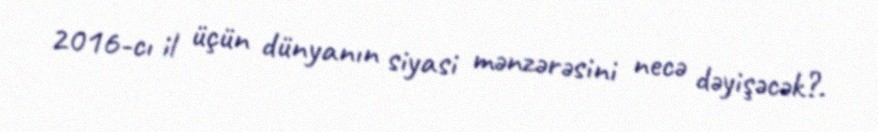
2016-cı il üçün dünyanın siyasi mənzərəsini necə dəyişəcək?.